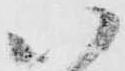
い